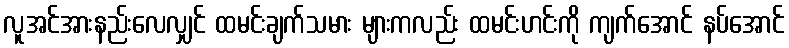
လူအင်အားနည်းလေလျှင် ထမင်းချက်သမား များကလည်း ထမင်းဟင်းကို ကျက်အောင် နပ်အောင်